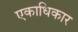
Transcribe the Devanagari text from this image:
एकाधिकार